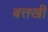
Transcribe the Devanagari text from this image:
बत्तखी